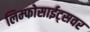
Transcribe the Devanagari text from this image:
लिम्फोसाईट्सवर